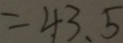
= 4 3 . 5